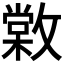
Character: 𢿵